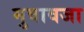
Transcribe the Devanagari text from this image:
मुवावजा